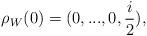
LaTeX: \begin{align*}\rho_{W}(0)=(0, ..., 0, \frac{i}{2}),\end{align*}